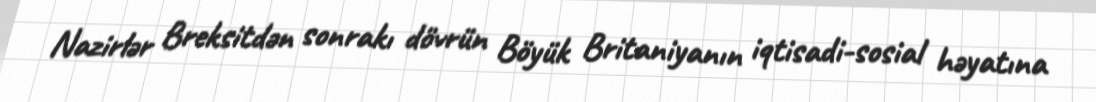
Nazirlər Breksitdən sonrakı dövrün Böyük Britaniyanın iqtisadi-sosial həyatına